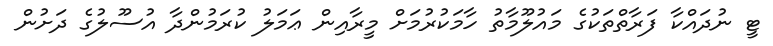
ޓީ ނުދައްކާ ފަރާތްތަކުގެ މައުލޫމާތު ހާމަކުރުމަށް މީރާއިން ޢަމަލު ކުރަމުންދާ އުސޫލުގެ ދަށުން